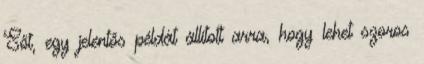
Sőt, egy jelentős példát állított arra, hogy lehet szoros